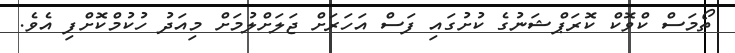
ތޯމަސް ކްވޮކް ކޮރަޕްޝަނުގެ ކުށުގައި ފަސް އަހަރަށް ޖަލަށްލުމަށް މިއަދު ހުކުމްކޮށްފި އެވެ.